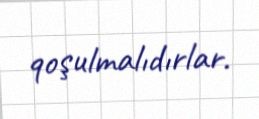
qoşulmalıdırlar.